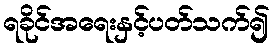
ရခိုင်အရေးနှင့်ပတ်သက်၍